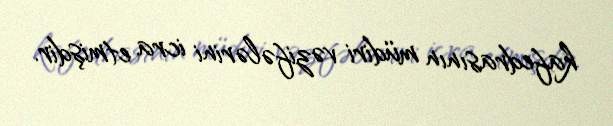
kafedrasının müdiri vəzifələrini icra etmişdir.